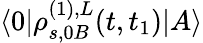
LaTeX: \langle 0|\rho_{s,0B}^{(1),L}(t,t_{1})|A\rangle